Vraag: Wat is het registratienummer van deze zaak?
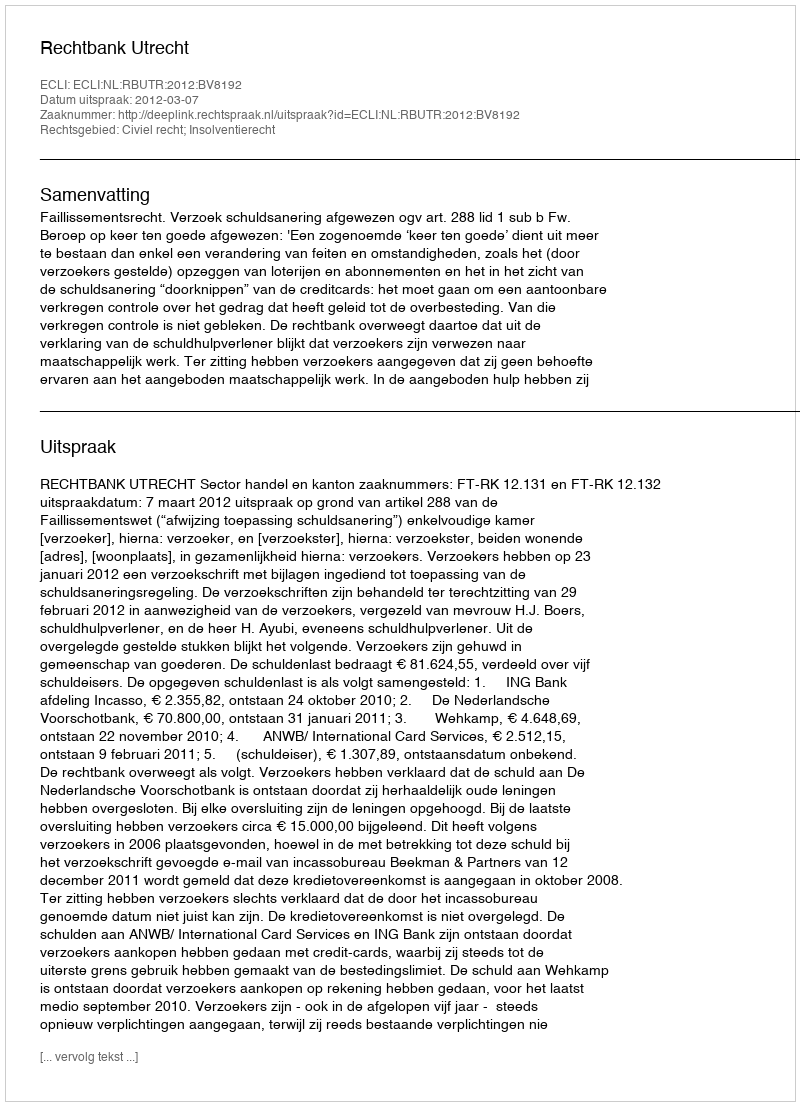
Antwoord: http://deeplink.rechtspraak.nl/uitspraak?id=ECLI:NL:RBUTR:2012:BV8192